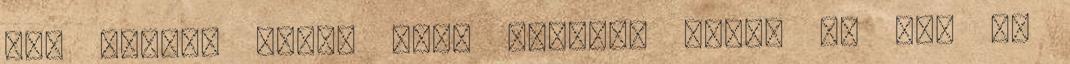
nem tudja. Aljas alak vagyok, igen, de nem is